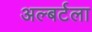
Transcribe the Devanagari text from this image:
अल्बर्टला